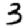
Digit: 3